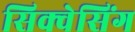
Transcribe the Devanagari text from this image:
सिक्वेसिंग